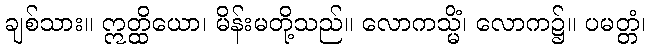
ချစ်သား။ ဣတ္ထိယော၊ မိန်းမတို့သည်။ လောကသ္မိံ၊ လောက၌။ ပမတ္တံ၊